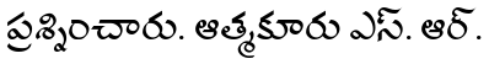
ప్రశ్నించారు. ఆత్మకూరు ఎస్. ఆర్.